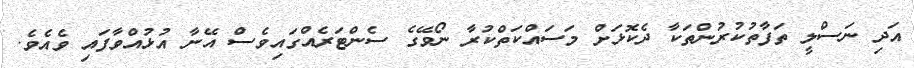
އަދި ނަސްލީ ތަފާތުކުރުންތަކާ ދެކޮޅަށް މަސައްކަތްކުރާ ނޯވޭގެ ސެންޓަރެއްގައިވެސް އޭނާ އުޅުއްވާފައި ވެއެވެ.